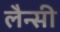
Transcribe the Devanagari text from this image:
लैन्सी